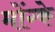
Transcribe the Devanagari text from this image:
मोंग्के